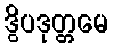
ဒွိပဒုတ္တမေ